Vaccination United Provinces of Agra and Oudh 1902-1913 - 1902-1913
Year: 1902
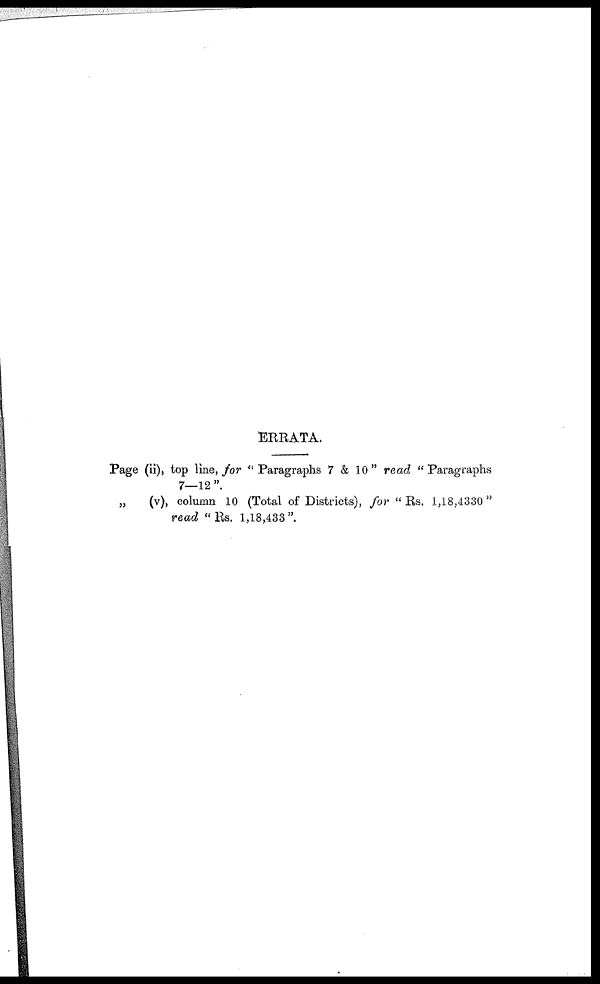
ERRATA.
Page (ii),
„
(v),
top line, for " Paragraphs 7 & 10" read "Paragraphs
7—12".
column 10 (Total of Districts), for "Rs. 1,18,4330"
read "Rs. 1,18,433".